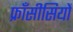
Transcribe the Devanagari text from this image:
फ्राँसीसियों